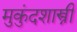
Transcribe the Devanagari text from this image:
मुुकुंदशास्त्री